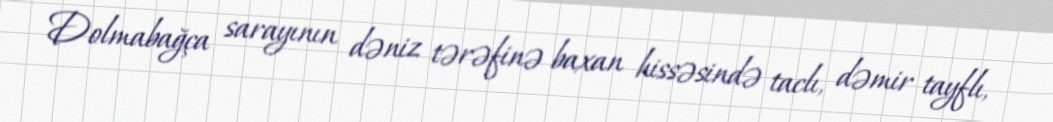
Dolmabağça sarayının dəniz tərəfinə baxan hissəsində taclı, dəmir tayflı,